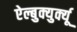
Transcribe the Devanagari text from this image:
ऐल्बुक्युर्क्यू